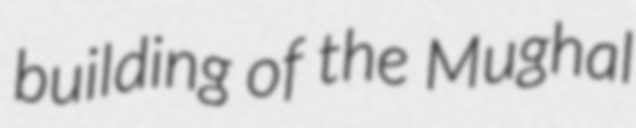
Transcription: building of the Mughal